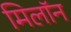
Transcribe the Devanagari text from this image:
मिलॉन